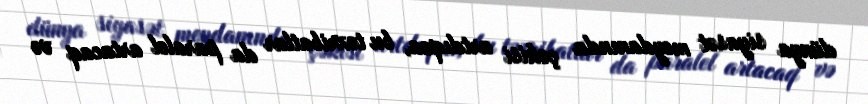
dünya siyasət meydanında çəkisi artdıqca, bu təxribatlar da paralel artacaq və